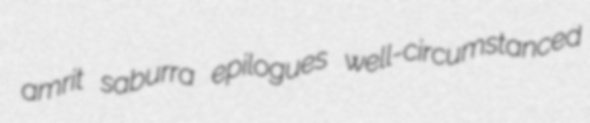
amrit saburra epilogues well-circumstanced